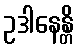
ဥဒါနေန္တိ